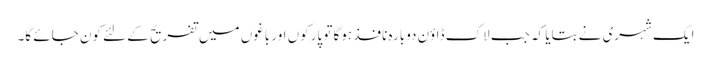
ایک شہری نے بتایا کہ جب لاک ڈاؤن دوبارہ نافذ ہوگا تو پارکوں اور باغوں میں تفریح کے لئے کون جائے گا۔